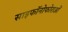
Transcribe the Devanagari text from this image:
साइफॉनोफोराओं